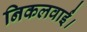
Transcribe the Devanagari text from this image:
निकलवाईं।